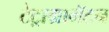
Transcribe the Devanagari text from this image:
टेट्राग्रामॅटन